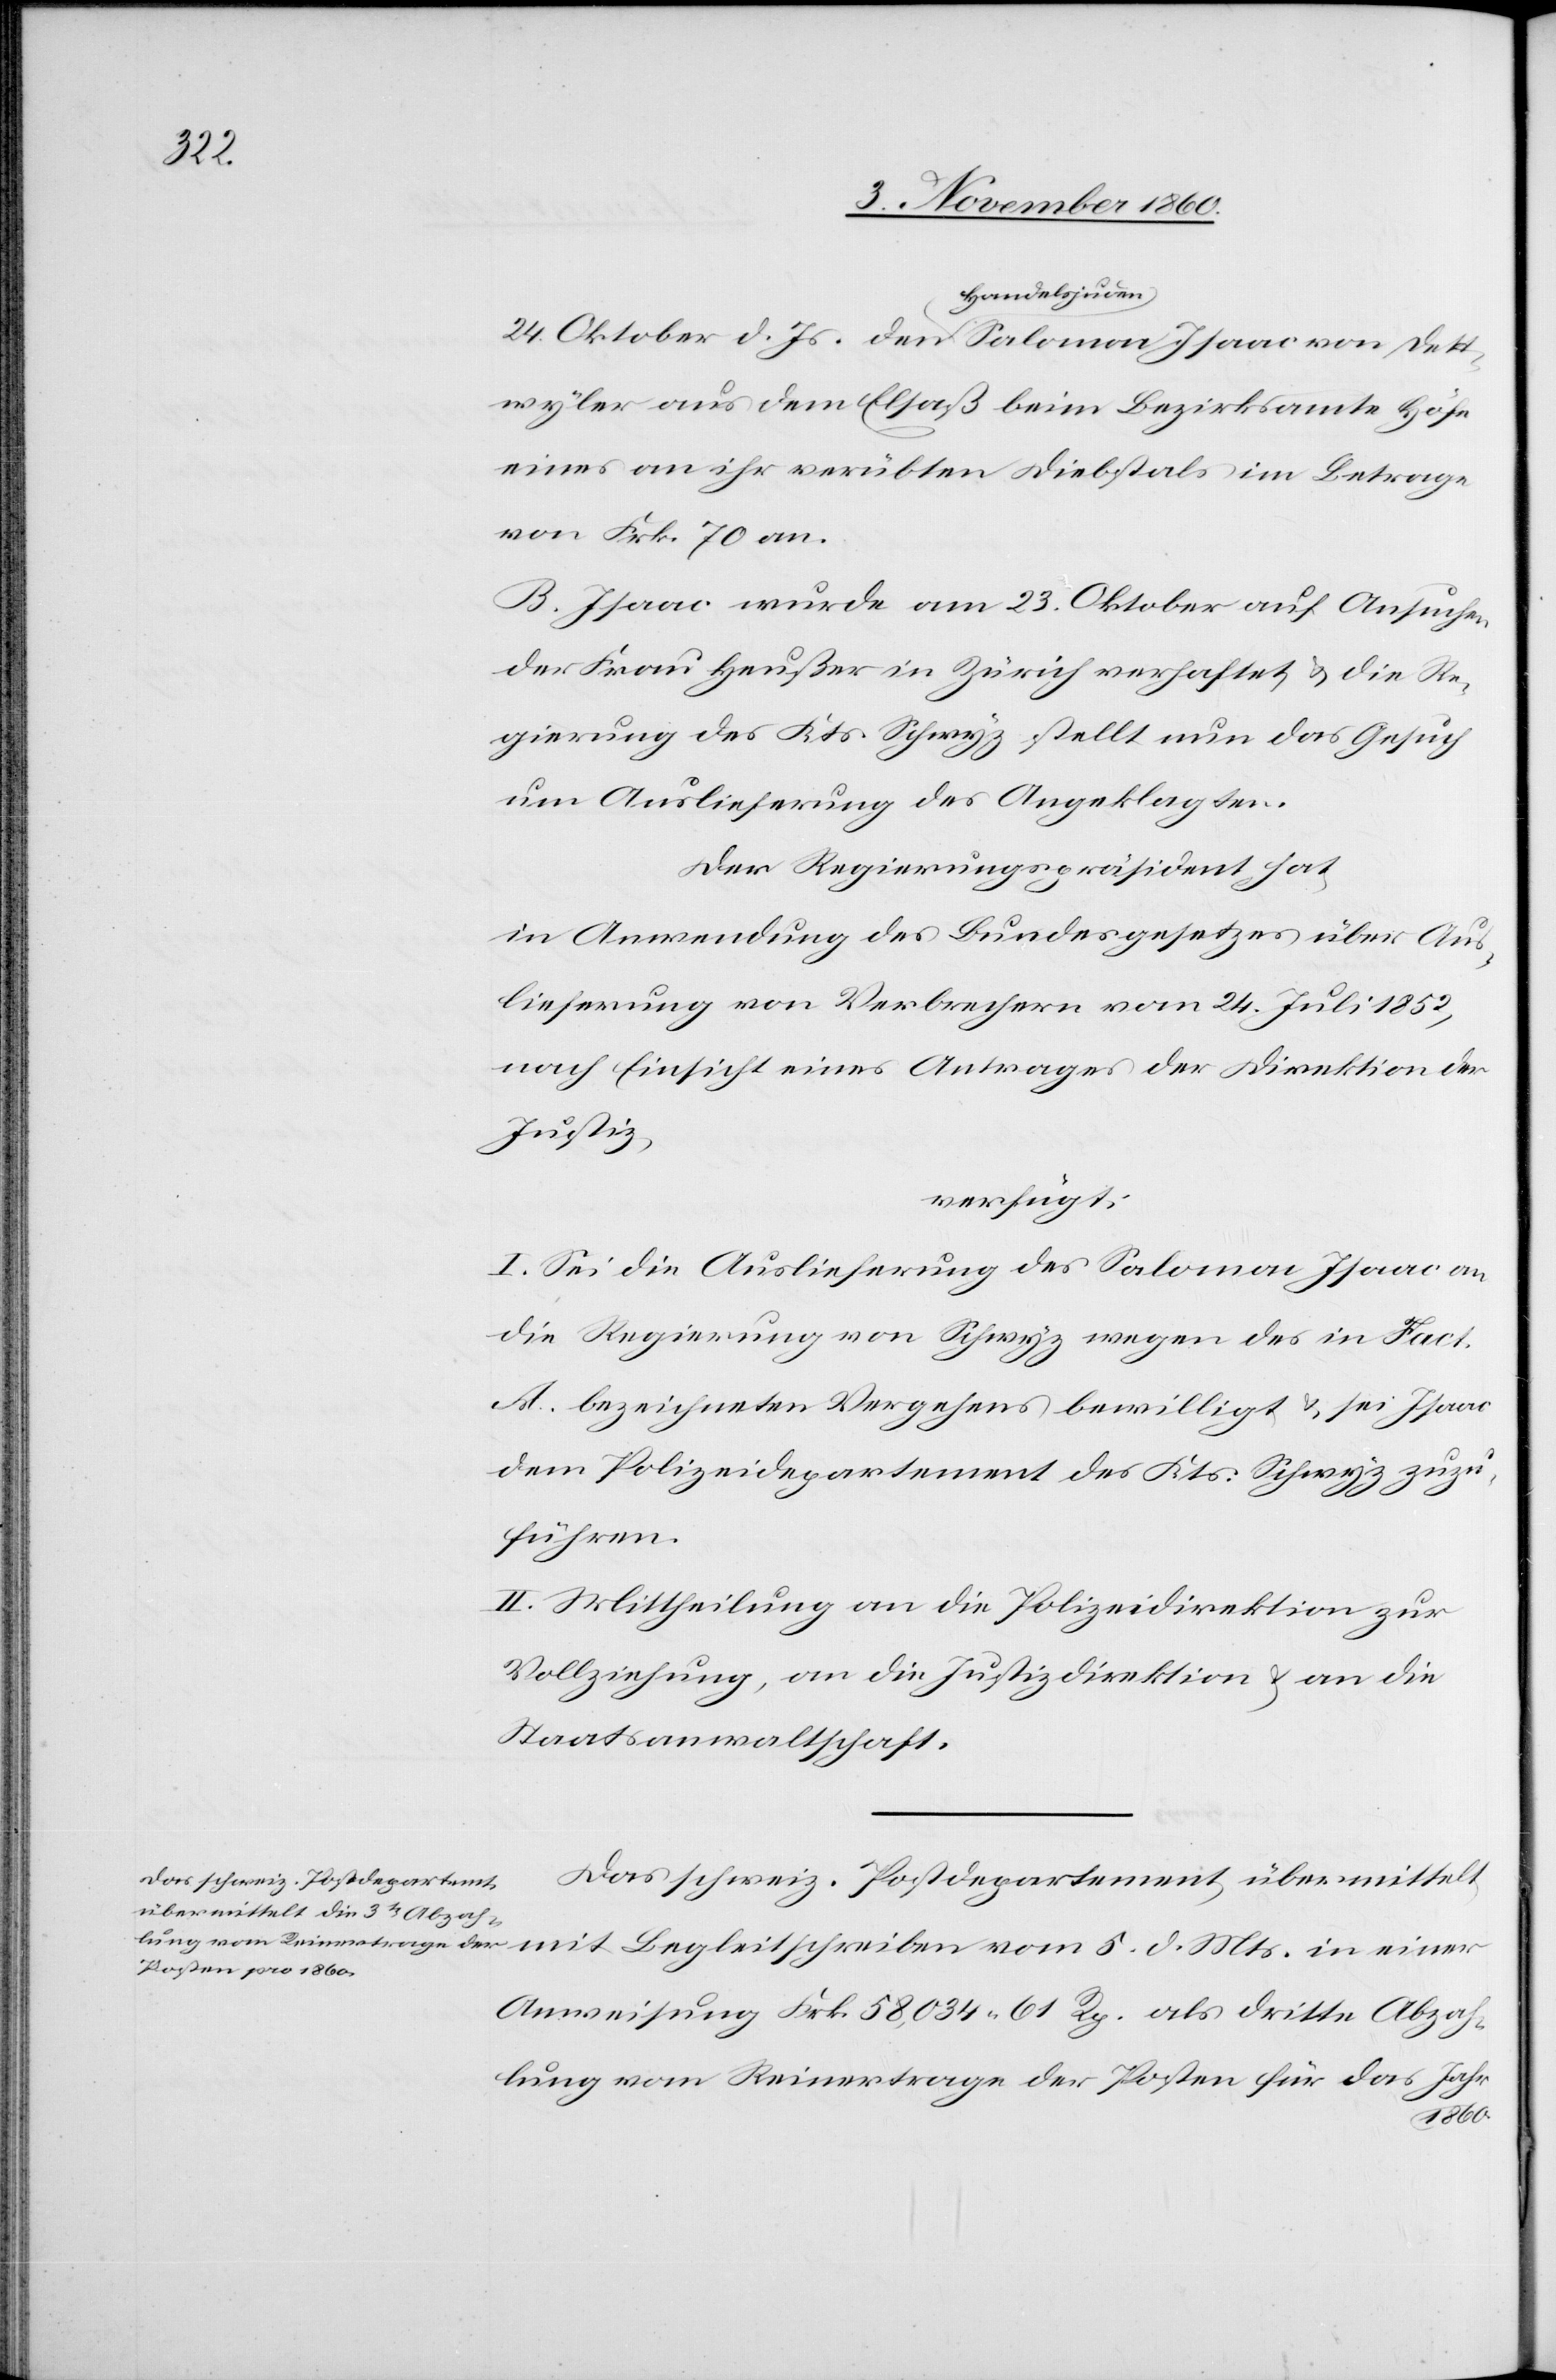
Dett¬

6. November 1860.]
Handelsjuden
wyler aus dem Elsaß beim Bezirksamte Höfe
eines an ihr verübten Diebstals im Betrage
von Frk. 70 an.
B. Isaac wurde am 23. Oktober auf Ansuchen
der Frau Heußer in Zürich verhaftet u. die Re¬
gierung des Kts. Schwyz stellt nun das Gesuch
um Auslieferung des Angeklagten.
Der Regierungspräsident hat
in Anwendung des Bundesgesetzes über Aus¬
lieferung von Verbrechern vom 24. Juli 1852,
nach Einsicht eines Antrages der Direktion der
Justiz,
verfügt:
I. Sei die Auslieferung des Salomon Isaac an
die Regierung von Schwyz wegen des in Fact.
A. bezeichneten Vergehens bewilligt u. sei Isaac
dem Polizeidepartement des Kts. Schwyz zuzu¬
führen.
II. Mittheilung an die Polizeidirektion zur
Vollziehung, an die Justizdirektion u. an die
Staatsanwaltschaft.
Das schweiz. Postdepartement übermittelt
Anweisung Frk. 58,034 61 Rp. als dritte Abzah¬
lung vom Reinertrage der Posten für das Jahr
1860.